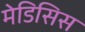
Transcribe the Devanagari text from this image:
मेडिसिस